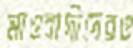
মাওবাদীদেরও